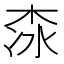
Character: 𣑏